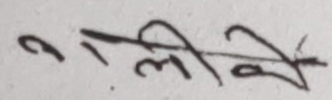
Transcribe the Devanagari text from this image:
अलिके